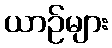
ယာဉ်များ